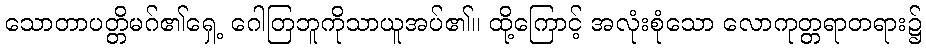
သောတာပတ္တိမဂ်၏ရှေ့ ဂေါတြဘူကိုသာယူအပ်၏။ ထို့ကြောင့် အလုံးစုံသော လောကုတ္တရာတရား၌